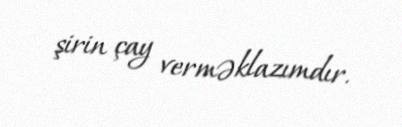
şirin çay verməklazımdır.